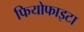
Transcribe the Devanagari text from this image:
फियोफाइटा